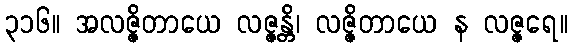
၃၁၆။ အလဇ္ဇိတာယေ လဇ္ဇန္တိ၊ လဇ္ဇိတာယေ န လဇ္ဇရေ။